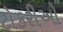
ટોકરીઓ